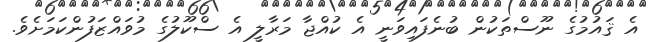
އެ ޤައުމުގެ ނޫސްތަކުން ބުނެފައިވަނީ އެ ކުއްޖާ މަރާލީ އެ ސްކޫލުގެ މުވައްޒަފުންކަމަށެވެ.